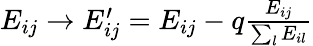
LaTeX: \begin{array}{r}{E_{ij}\to E_{ij}^{\prime}=E_{ij}-q\frac{E_{ij}}{\sum_{l}E_{il}}}\end{array}